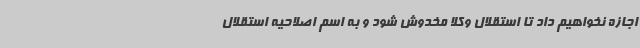
اجازه نخواهیم داد تا استقلال وکلا مخدوش شود و به اسم اصلاحیه استقلال